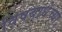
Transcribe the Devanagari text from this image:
विषबाधेच्या